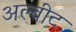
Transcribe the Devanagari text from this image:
अल्बीट